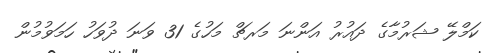
ކަމްލޭ ޝަރުމާގެ ދައުރު އަންނަ މަރޗް މަހުގެ 31 ވަނަ ދުވަހު ހަމަވުމުން